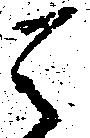
天